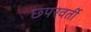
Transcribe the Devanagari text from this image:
छ्परवर्ती